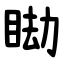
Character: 䀷